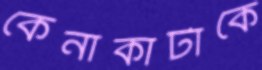
কেনাকাটাকে